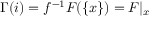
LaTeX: \Gamma ( i ) = f ^ { - 1 } F ( \{ x \} ) = F | _ { x }